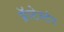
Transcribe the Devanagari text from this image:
प्रॅाटेस्टंट